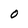
Character: 0